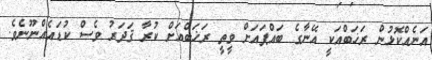
އަނެއްކޮޅުން ރަޚަބްއަކީ އޭނާގެ ބައްޕައަށް ވީތީ ރަޚަބްއަށް ކުރާ ޤަދަރު ވެސް ކުޑައެއްނޫނެވެ.